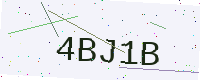
Text: 4BJ1B